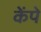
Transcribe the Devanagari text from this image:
केंपे